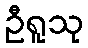
ဦရူသု